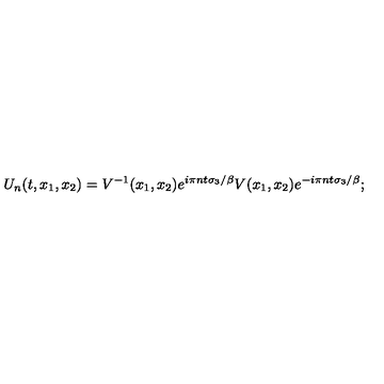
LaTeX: U _ { n } ( t , x _ { 1 } , x _ { 2 } ) = V ^ { - 1 } ( x _ { 1 } , x _ { 2 } ) e ^ { i \pi n t \sigma _ { 3 } / \beta } V ( x _ { 1 } , x _ { 2 } ) e ^ { - i \pi n t \sigma _ { 3 } / \beta } ;